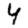
Digit: 4